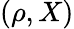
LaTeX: (\rho,X)